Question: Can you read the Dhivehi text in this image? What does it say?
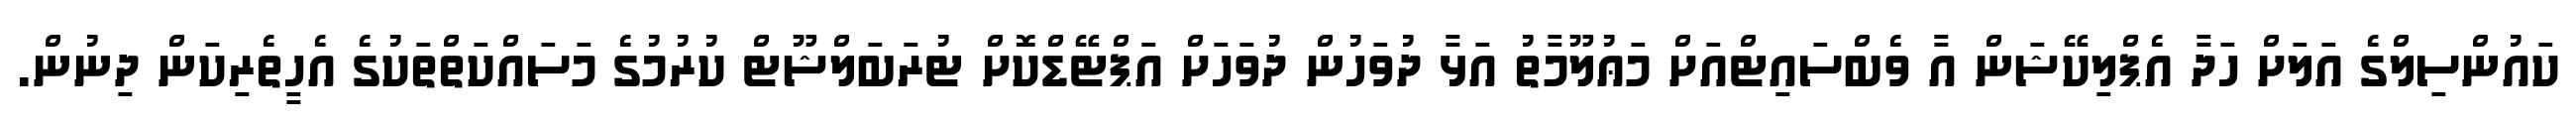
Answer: ކައުންސިލްގެ އަލަށް ހަދާ އެޕްލިކޭޝަން އާ ވެބްސައިޓްއަށް މަޢުލޫމާތު އަޅާ ދުވަހުން ދުވަހަށް އަޕްޓޭޑްކޮށް ޓުރަބަލްޝޫޓް ކުރުމުގެ މަސައްކަތްތަކުގެ އެހީތެރިކަން ދިނުން.